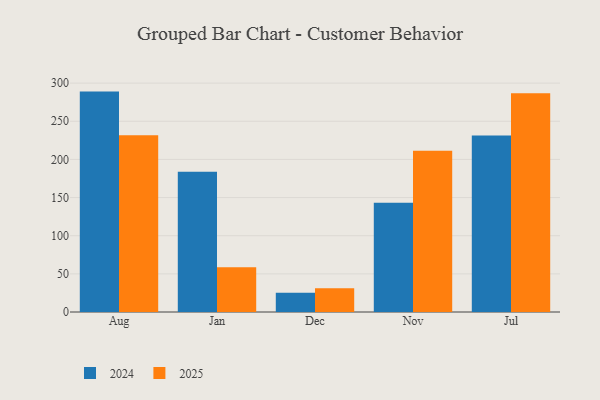
{"axis": {"x": "Month", "y": "Budget (USD K)"}, "legend": ["2024", "2025"], "data": [{"x": "Aug", "y": 231.7, "type": "2025"}, {"x": "Aug", "y": 288.9, "type": "2024"}, {"x": "Jan", "y": 58.5, "type": "2025"}, {"x": "Jan", "y": 183.8, "type": "2024"}, {"x": "Dec", "y": 31.1, "type": "2025"}, {"x": "Dec", "y": 25.3, "type": "2024"}, {"x": "Nov", "y": 211.4, "type": "2025"}, {"x": "Nov", "y": 143.1, "type": "2024"}, {"x": "Jul", "y": 286.9, "type": "2025"}, {"x": "Jul", "y": 231.5, "type": "2024"}]}